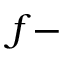
f -